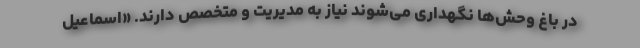
در باغ وحش‌ها نگهداری می‌شوند نیاز به مدیریت و متخصص دارند. «اسماعیل